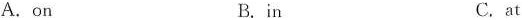
A. on B. in C. at